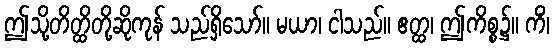
ဤသို့တိတ္ထိတို့ဆိုကုန် သည်ရှိသော်။ မယာ၊ ငါသည်။ ဧတ္ထ၊ ဤကိစ္စ၌။ ကိံ၊